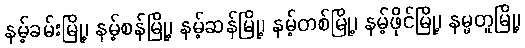
နမ့်ခမ်းမြို့၊ နမ့်စန်မြို့၊ နမ့်ဆန်မြို့၊ နမ့်တစ်မြို့၊ နမ့်ဖိုင်မြို့၊ နမ္မတူမြို့၊